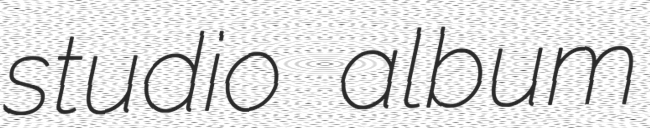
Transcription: studio album